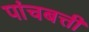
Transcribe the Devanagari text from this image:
पांचबत्ती